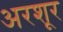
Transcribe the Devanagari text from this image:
अरशूर